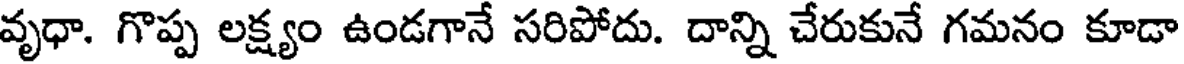
వృధా. గొప్ప లక్ష్యం ఉండగానే సరిపోదు. దాన్ని చేరుకునే గమనం కూడా